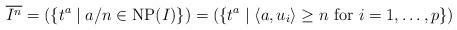
LaTeX: \begin{align*}\overline{I^n}=(\{t^a\mid a/n\in{\rm NP}(I)\})=(\{t^a\mid\langle a, u_i\rangle\geq n\mbox{ for }i=1,\ldots,p\})\end{align*}